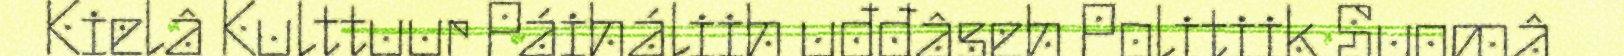
Kielâ Kulttuur Páiháliih uđđâseh Politiik Suomâ